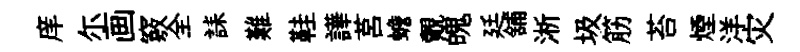
庠尓画竅全誄難鞋譁莒蟾覿魄廷舖淅圾筋苔煙洋灾